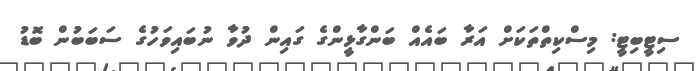
ސިޓީބިޓީ: މިސްކިތްތަކަށް އަރާ ބައެއް ބަންގާޅީންގެ ގައިން ދުވާ ނުބައިވަހުގެ ސަބަބުން ބޮޑު